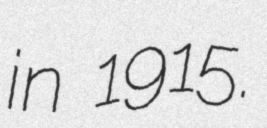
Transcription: in 1915.